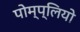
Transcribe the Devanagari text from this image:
पोम्प्लियो